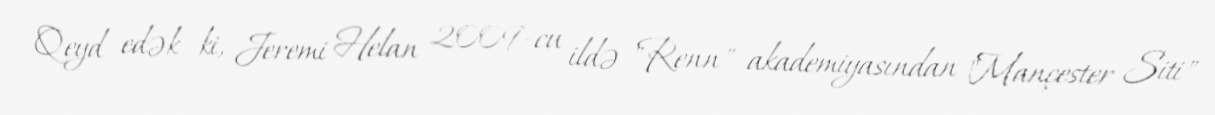
Qeyd edək ki, Jeremi Helan 2009-cu ildə "Renn" akademiyasından "Mançester Siti"